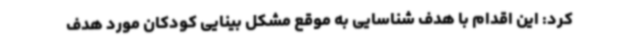
کرد: این اقدام با هدف شناسایی به موقع مشکل بینایی کودکان مورد هدف